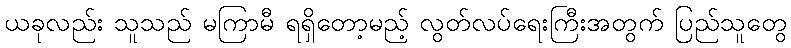
ယခုလည်း သူသည် မကြာမီ ရရှိတော့မည့် လွတ်လပ်ရေးကြီးအတွက် ပြည်သူတွေ